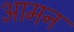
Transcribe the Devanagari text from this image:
आमन